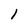
Character: 1